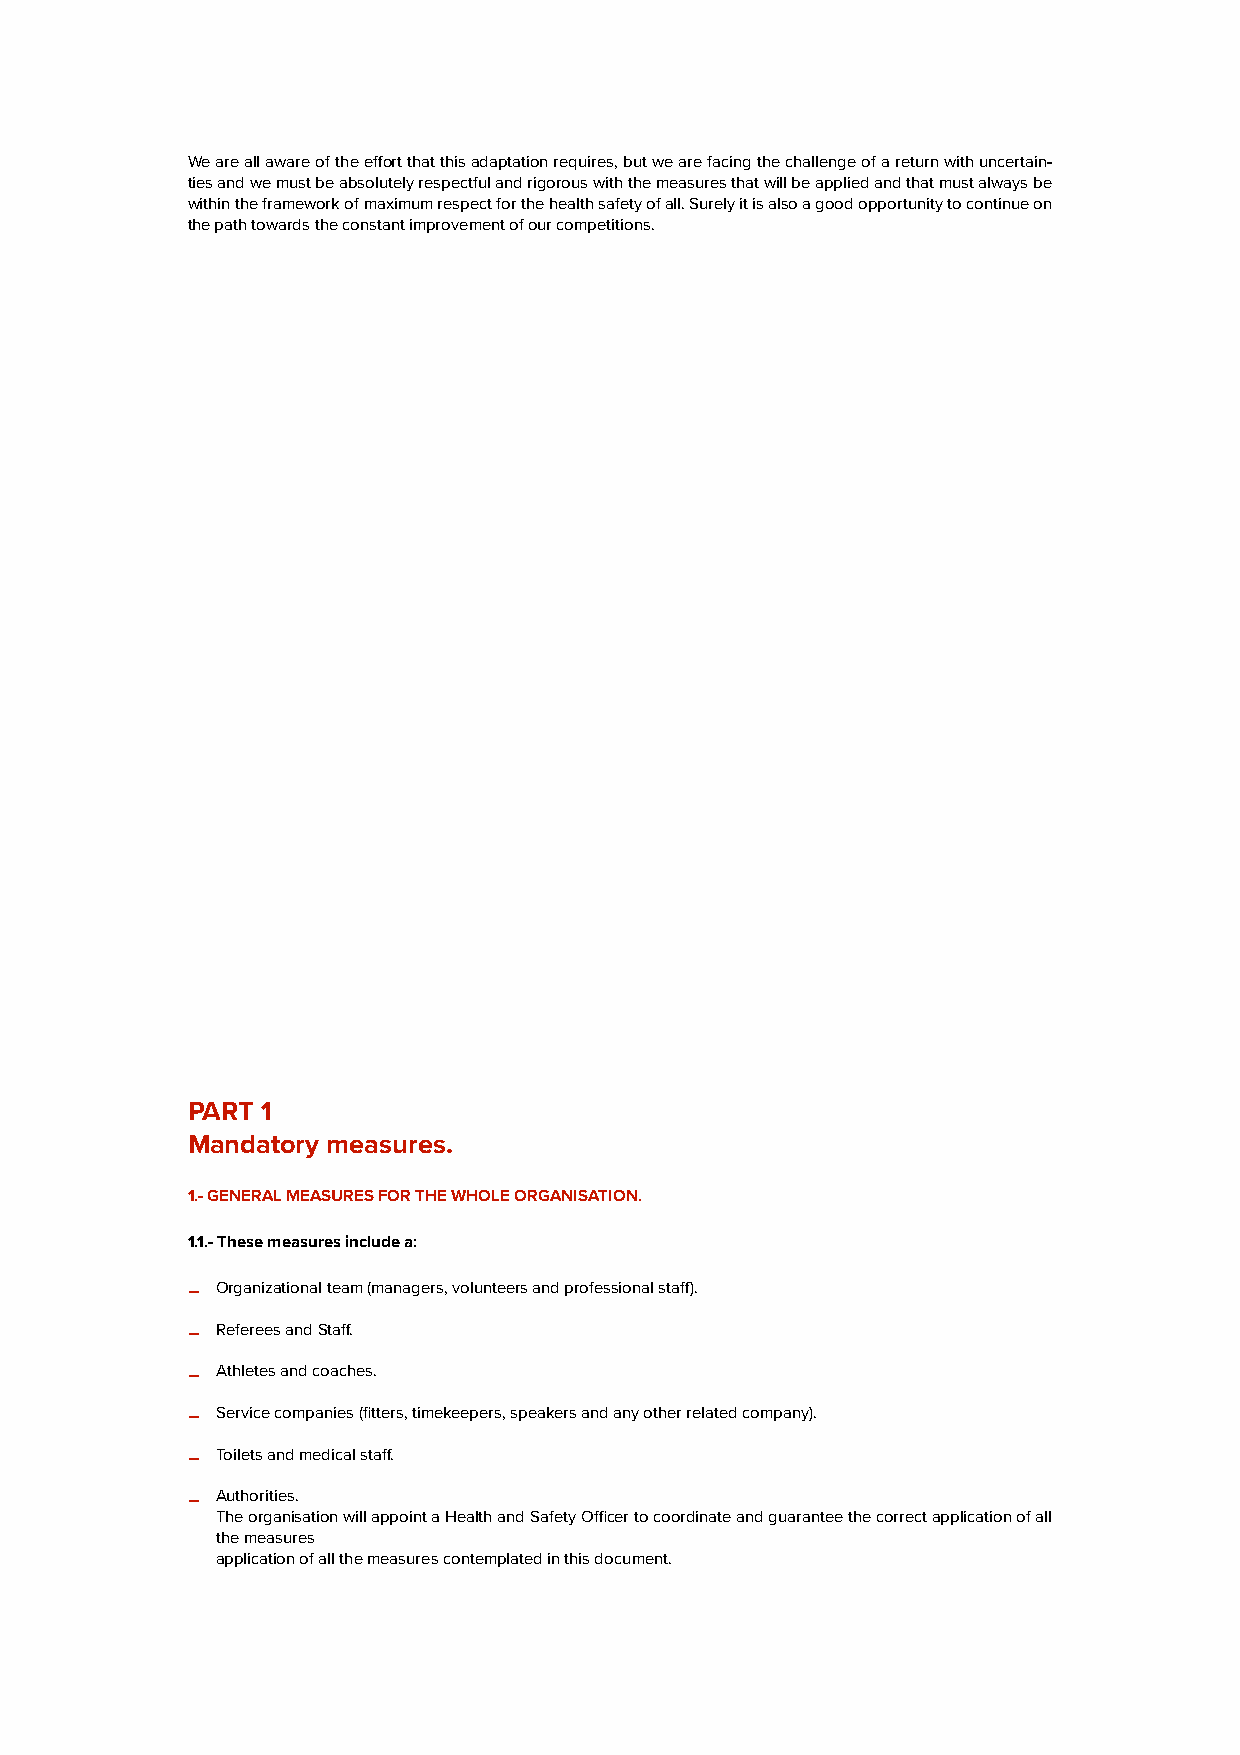
We are all aware of the effort that this adaptation requires, but we are facing the challenge of a return with uncertain-
 ties and we must be absolutely respectful and rigorous with the measures that will be applied and that must always be
 within the framework of maximum respect for the health safety of all. Surely it is also a good opportunity to continue on
 the path towards the constant improvement of our competitions.
 PART 1
 Mandatory measures.
 1.- GENERAL MEASURES FOR THE WHOLE ORGANISATION.
 1.1.- These measures include a:
 -
 Organizational team (managers, volunteers and professional staff).
 -
 Referees and Staff.
 -
 Athletes and coaches.
 -
 Service companies (fitters, timekeepers, speakers and any other related company).
 -
 Toilets and medical staff.
 -
 Authorities.
 The organisation will appoint a Health and Safety Officer to coordinate and guarantee the correct application of all
 the measures
 application of all the measures contemplated in this document.